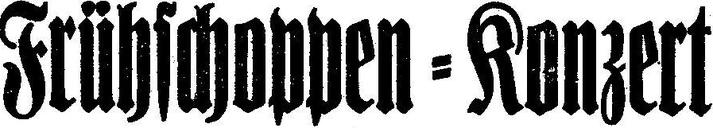
Frühschoppen=Konzert